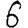
Digit: 6